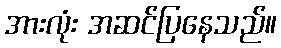
အားလုံး အဆင်ပြနေသည်။